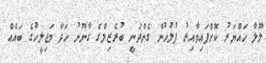
ލޫލާ ހައްޔަރު ކޮށްފައިވާއިރު ފުލުހުން ގެންދަނީ ބުރެޒިލްގެ ގާނޫނު ހަދާ މަޖިލީހުގެ ބައެއް